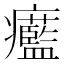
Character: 𤼓